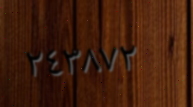
٢٤٣٨٧٢